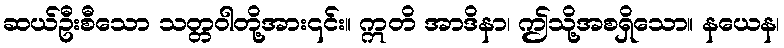
ဆယ်ဦးစီသော သတ္တဝါတို့အား၎င်း။ ဣတိ အာဒိနာ၊ ဤသို့အစရှိသော။ နယေန၊